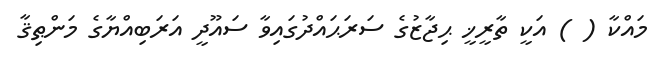
މައްކާ ( ) އަކީ ތާރީޚީ ޙިޖާޒުގެ ސަރަޙައްދުގައިވާ ސައޫދީ އަރަބިއްޔާގެ މަންޠިޤާ